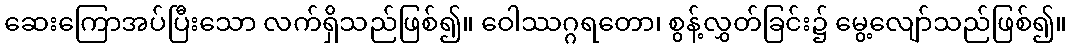
ဆေးကြောအပ်ပြီးသော လက်ရှိသည်ဖြစ်၍။ ဝေါဿဂ္ဂရတော၊ စွန့်လွှတ်ခြင်း၌ မွေ့လျော်သည်ဖြစ်၍။